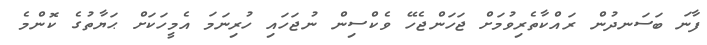
ފާނަ ބަސަނދުން ރައްކާތެރިވުމަށް ޖަހަންޖެހޭ ވެކްސިން ނުޖަހައި ހުރިނަމަ އެމީހަކަށް ޙަޔާތުގެ ކޮންމެ